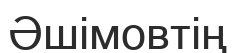
Әшімовтің